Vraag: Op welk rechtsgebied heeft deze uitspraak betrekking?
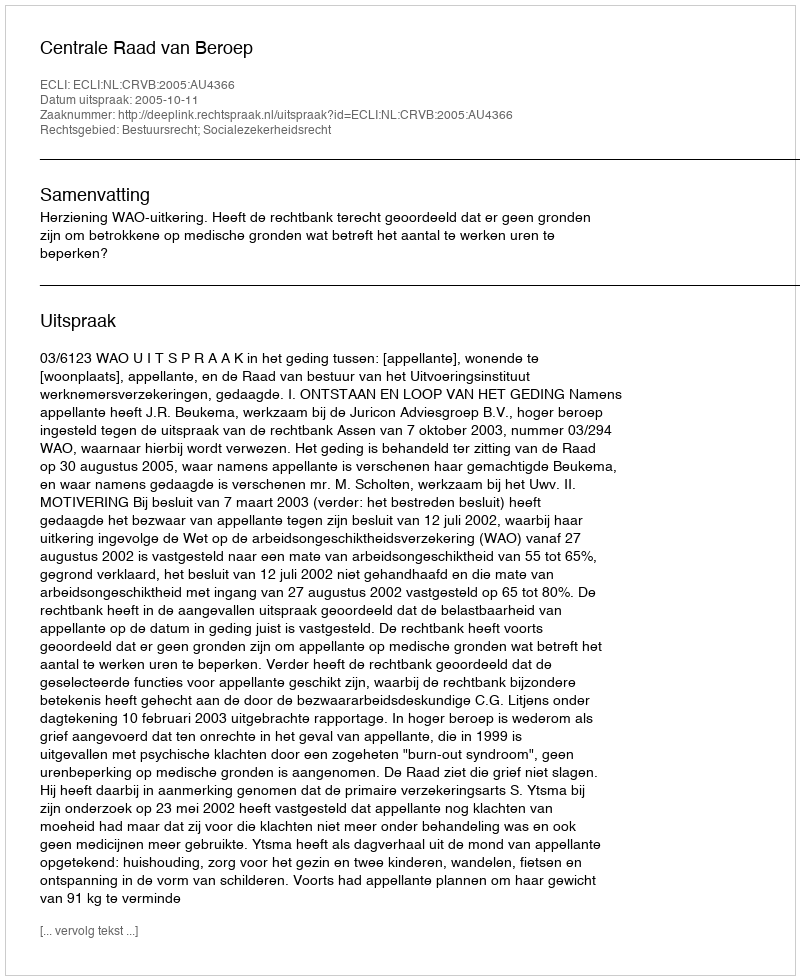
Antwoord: Bestuursrecht; Socialezekerheidsrecht